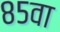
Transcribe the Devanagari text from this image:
८५वा